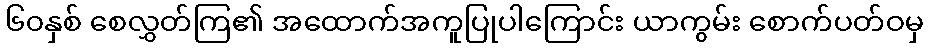
၆၀နှစ် စေလွှတ်ကြ၏ အထောက်အကူပြုပါကြောင်း ယာကွမ်း စောက်ပတ်ဝမှ